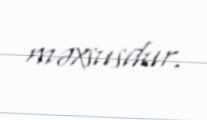
məxsusdur.